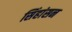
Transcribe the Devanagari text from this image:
सिंहांसन